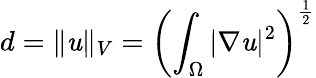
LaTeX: d=\Vert\mathit{u}\Vert_{V}=\left(\int_{\Omega}|\nabla\mathit{u}|^{2}\right)^{\frac{{1}}{{2}}}